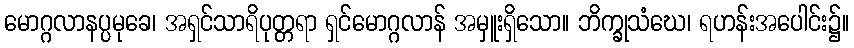
မောဂ္ဂလာနပ္ပမုခေ၊ အရှင်သာရိပုတ္တရာ ရှင်မောဂ္ဂလာန် အမှူးရှိသော။ ဘိက္ခုသံဃေ၊ ရဟန်းအပေါင်း၌။